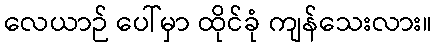
လေယာဉ် ပေါ်မှာ ထိုင်ခုံ ကျန်သေးလား။